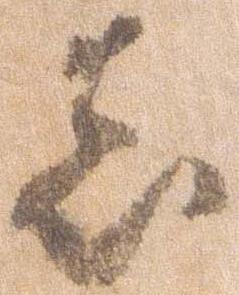
し